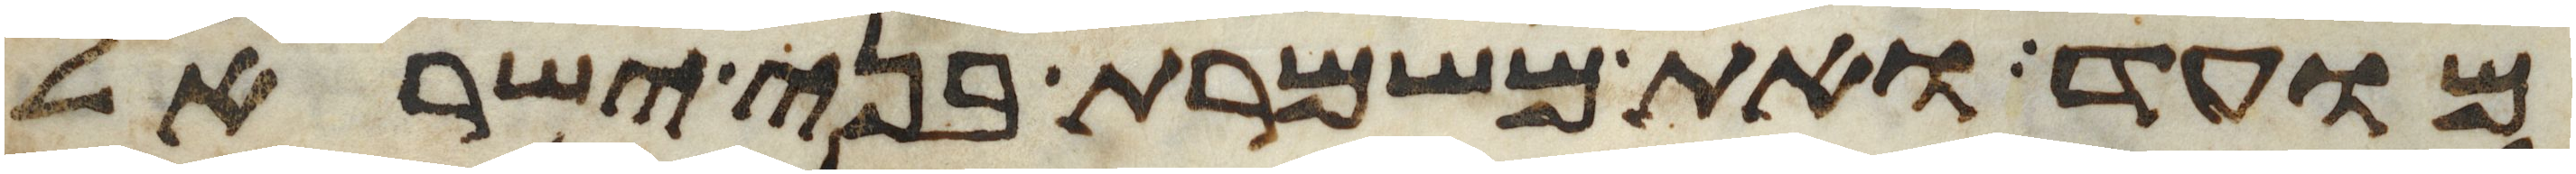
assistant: מועד ואת משמרת בני ישראל